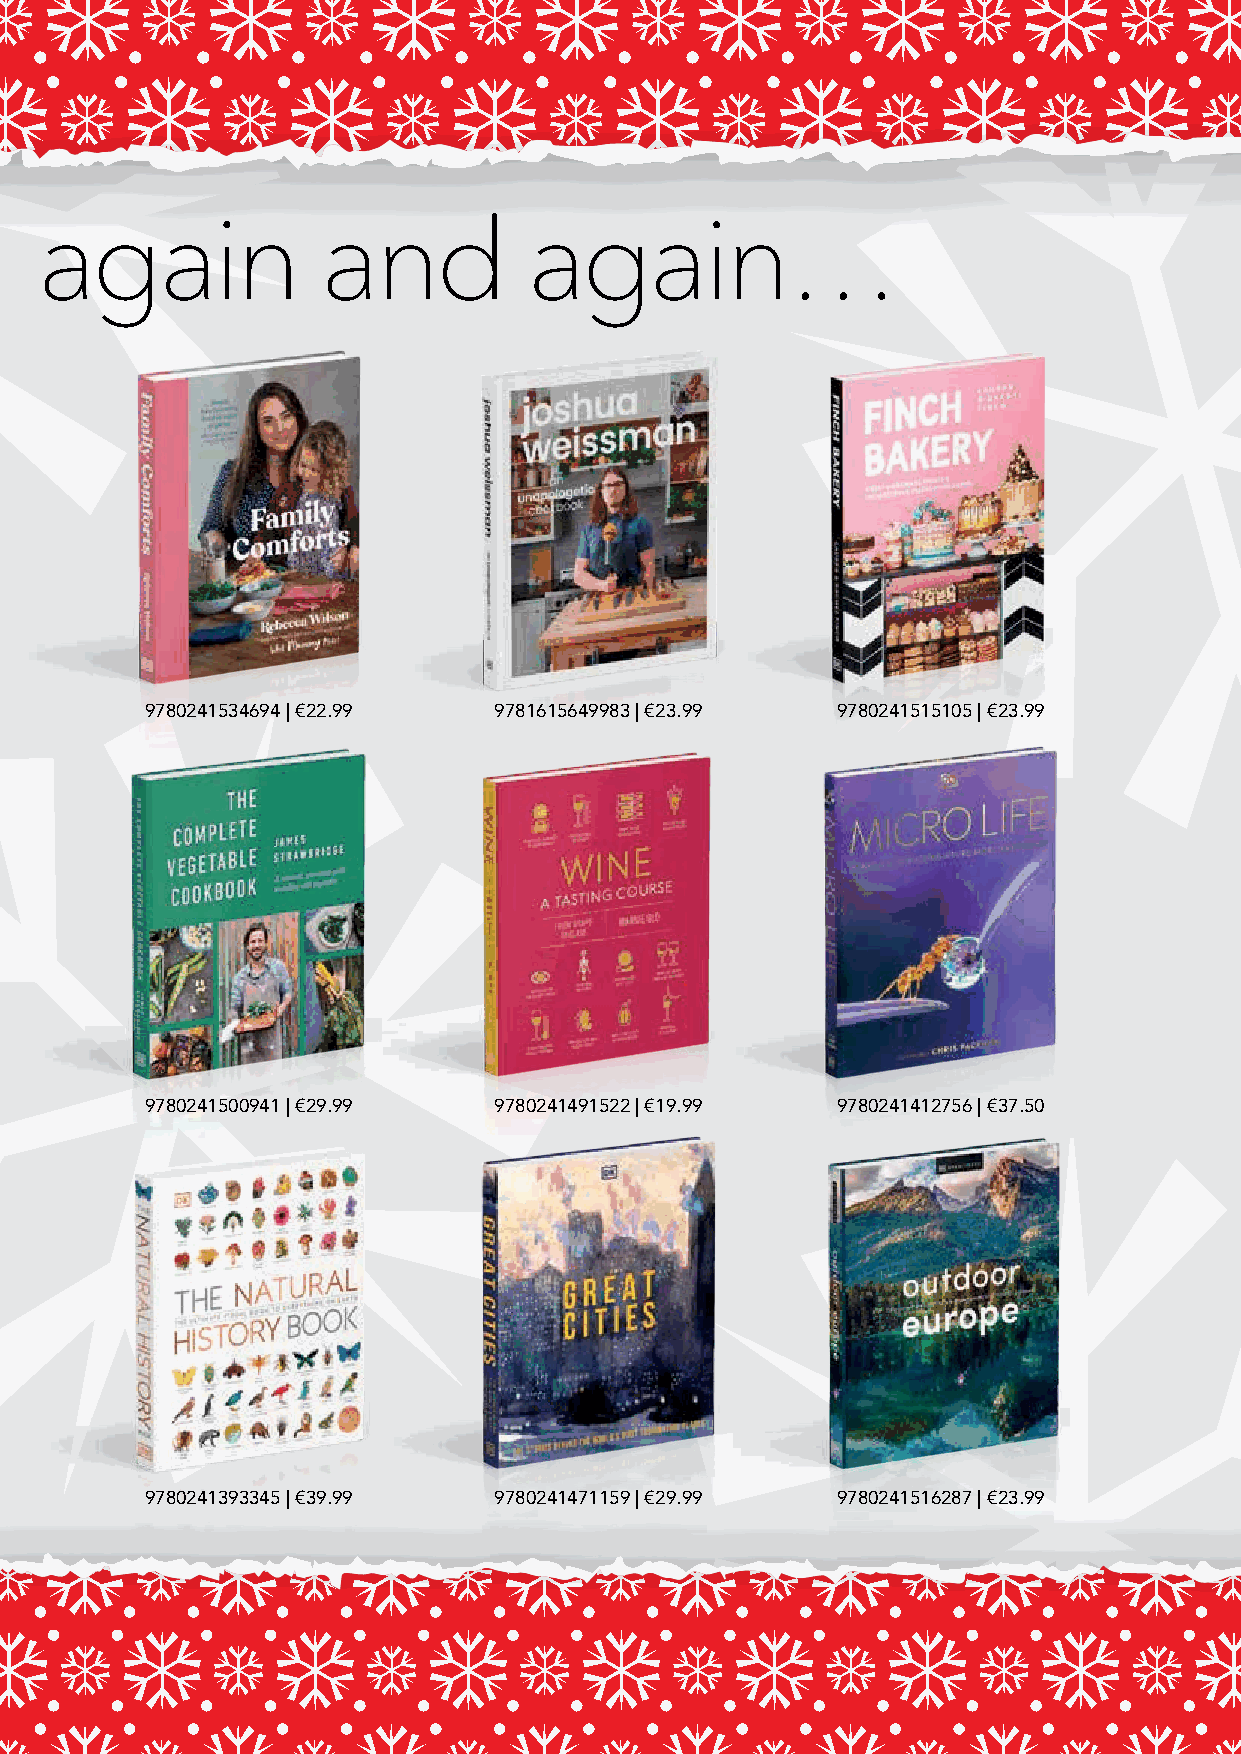
A gift they can open again and     again…
 9780241485774 | €17.99 9780241510612 | €11.99 9780241459454 | €23.99 9780241534694 | €22.99 9781615649983 | €23.99 9780241515105 | €23.99
 9780241484333 | €19.99 9780241445327 | €23.99 9780241491621 | €23.99 9780241500941 | €29.99 9780241491522 | €19.99 9780241412756 | €37.50
 9780241446645 | €15.99 9780241469415 | €15.99 9780241521786 | €11.99 9780241393345 | €39.99 9780241471159 | €29.99 9780241516287 | €23.99
 ©2021 The LEGO Group.